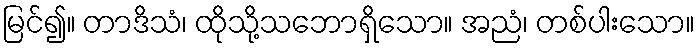
မြင်၍။ တာဒိသံ၊ ထိုသို့သဘောရှိသော။ အညံ၊ တစ်ပါးသော။